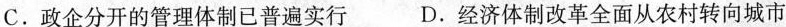
C.政企分开的管理体制已普遍实行 D.经济体制改革全面从农村转向城市